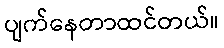
ပျက်နေတာထင်တယ်။